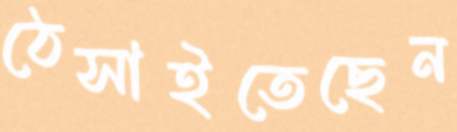
ঠেসাইতেছেন